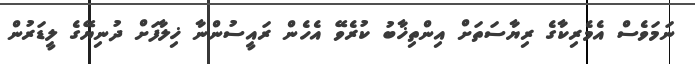
ނަމަވެސް އެމެރިކާގެ ރިޔާސަތަށް އިންތިޚާބު ކުރެވޭ އެހެން ރައީސުންނާ ޚިލާފަށް ދުނިޔޭގެ ލީޑަރުން